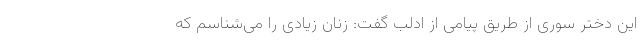
این دختر سوری از طریق پیامی از ادلب گفت: زنان زیادی را می‌شناسم که